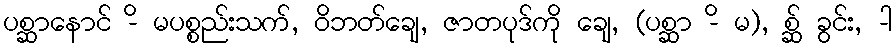
ပစ္ဆာနောင် -ိ မပစ္စည်းသက်, ဝိဘတ်ချေ, ဇာတပုဒ်ကို ချေ, (ပစ္ဆာ -ိ မ), စ္ဆ် ခွင်း, -ါ